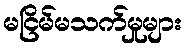
မငြိမ်မသက်မှုများ